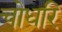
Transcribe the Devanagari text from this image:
चोधरि